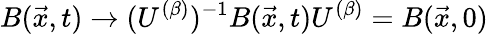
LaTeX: B(\vec{x},t)\rightarrow(U^{(\beta)})^{-1}B(\vec{x},t)U^{(\beta)}=B(\vec{x},0)